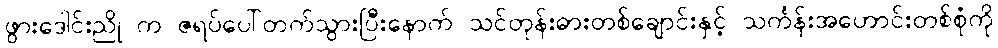
ဖွားဒေါင်းညို က ဇရပ်ပေါ်တက်သွားပြီးနောက် သင်တုန်းဓားတစ်ချောင်းနှင့် သင်္ကန်းအဟောင်းတစ်စုံကို